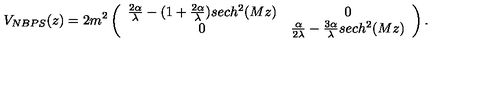
V _ { N B P S } ( z ) = 2 m ^ { 2 } \left( \begin{array} { c c } { \frac { 2 \alpha } { \lambda } - ( 1 + \frac { 2 \alpha } { \lambda } ) s e c h ^ { 2 } ( M z ) } & { 0 } \\ { 0 } & { \frac { \alpha } { 2 \lambda } - \frac { 3 \alpha } { \lambda } s e c h ^ { 2 } ( M z ) } \\ \end{array} \right) .